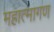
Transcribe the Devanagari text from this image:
महात्मागण